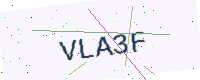
Text: VLA3F